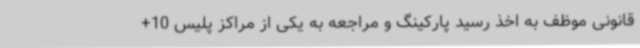
قانونی موظف به اخذ رسید پارکینگ و مراجعه به یکی از مراکز پلیس 10+